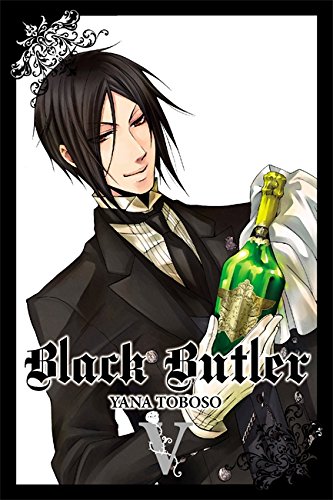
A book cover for Black Butler, Vol. 5; Comics & Graphic Novels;